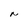
Character: N